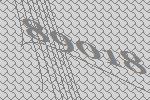
89018